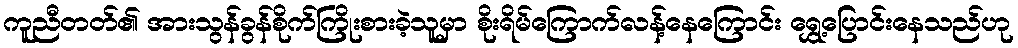
ကူညီတတ်၏ အားသွန်ခွန်စိုက်ကြိုးစားခဲ့သူမှာ စိုးရိမ်ကြောက်လန့်နေကြောင်း ရွှေ့ပြောင်းနေသည်ဟု